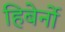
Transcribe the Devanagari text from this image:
हिबेर्नो